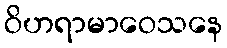
ဝိဟရာမာဝေသနေ